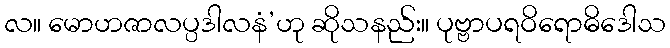
လ။ မောဟဇာလပ္ပဒါလနံ’ဟု ဆိုသနည်း။ ပုဗ္ဗာပရဝိရောဓိဒေါသ